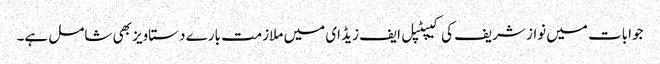
جوابات میں نواز شریف کی کیپٹپل ایف زیڈ ای میں ملازمت بارے دستاویز بھی شامل ہے۔